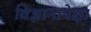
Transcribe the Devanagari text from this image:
विज्ञानापेक्षा